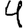
Digit: 4